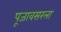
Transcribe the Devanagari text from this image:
पूजावसरला